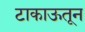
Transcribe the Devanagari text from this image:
टाकाऊतून